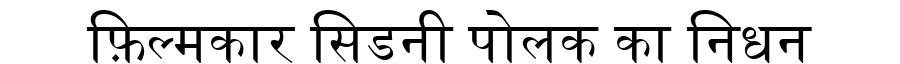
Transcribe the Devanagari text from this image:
फ़िल्मकार सिडनी पोलक का निधन